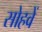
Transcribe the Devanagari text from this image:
सोहवें